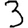
Digit: 3